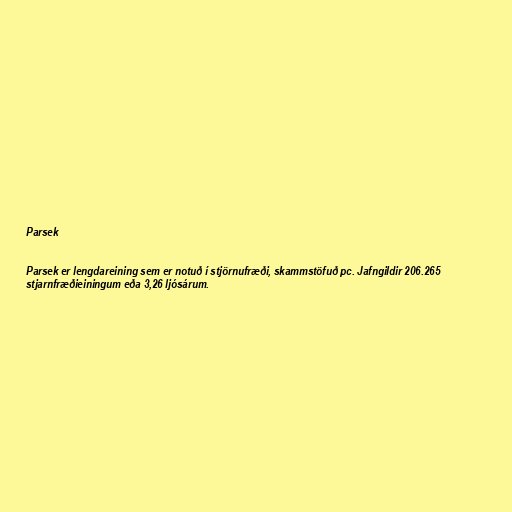
Parsek

Parsek er lengdareining sem er notuð í stjörnufræði, skammstöfuð pc. Jafngildir 206.265
stjarnfræðieiningum eða 3,26 ljósárum.